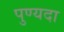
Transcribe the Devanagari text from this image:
पुण्यदा